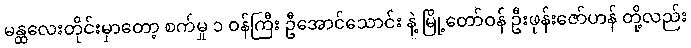
မန္ထလေးတိုင်းမှာတော့ စက်မှု ၁ ဝန်ကြီး ဦအောင်သောင်း နဲ့ မြို့တော်ဝန် ဦးဖုန်းဇော်ဟန် တို့လည်း